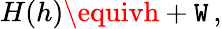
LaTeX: H(h)\equivh+\mathtt{W}\, ,